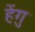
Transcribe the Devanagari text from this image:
हेंगु